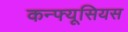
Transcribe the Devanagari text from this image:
कन्फ्यूसियस